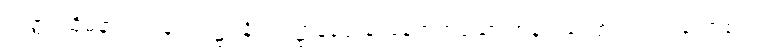
တတ္ထ၊ ထိုမနာယတနံ ပါဌ်၌။ နိဝါသဋ္ဌာနတ္ထေန၊ နေရာဟူသော အနက်ကြောင့်လည်းကောင်း။